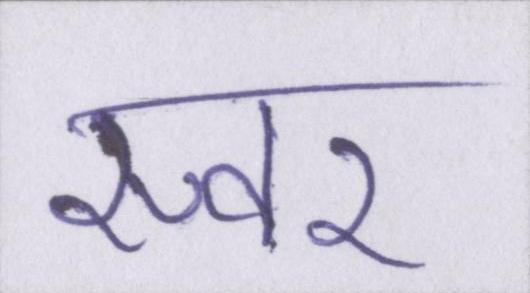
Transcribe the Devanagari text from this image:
स्वर